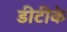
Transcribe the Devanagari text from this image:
डीटीके